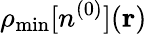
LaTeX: \rho_{\mathrm{min}}[n^{(0)}]({\mathbf r})